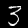
Digit: 3